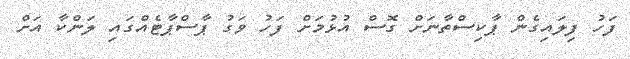
ފަހު ފިލައިގެން ޕާކިސްތާނަށް ގޮސް އުޅުމަށް ފަހު ވަގު ޕާސްޕާޓެއްގައި ލަންކާ އަށް